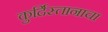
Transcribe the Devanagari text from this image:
कुर्दिस्तानाचा